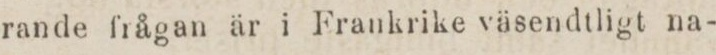
rande frågan är i Frankrike väsendtligt na-